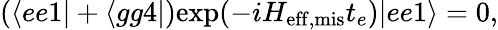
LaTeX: (\langle ee1|+\langle gg4|)\mathrm{exp}(-iH_{\mathrm{eff,mis}}t_{e})|ee1\rangle=0,